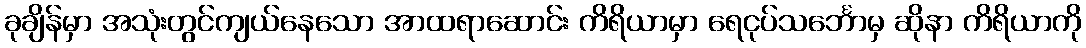
ခုချိန်မှာ အသုံးတွင်ကျယ်နေသော အာထရာဆောင်း ကိရိယာမှာ ရေငုပ်သင်္ဘောမှ ဆိုနာ ကိရိယာကို